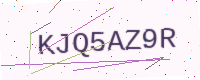
Text: KJQ5AZ9R